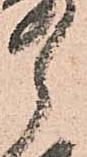
ら